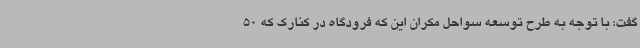
گفت: با توجه به طرح توسعه سواحل مکران این که فرودگاه در کنارک که 50